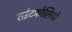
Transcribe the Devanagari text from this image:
राईटफोलियो